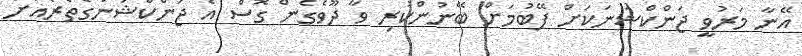
އޭނާ މަރުވީ ޖަންކްޝަނަކަށް ފޭބުމަށް ބޭނުންކުރި ވާ ދޫވެގެން ގޮސް އެ ޖަންކްޝަނުގެތެރެއަށް